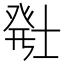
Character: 𬐂